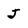
Character: J